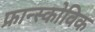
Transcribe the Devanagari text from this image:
फ्रान्स्कोविक